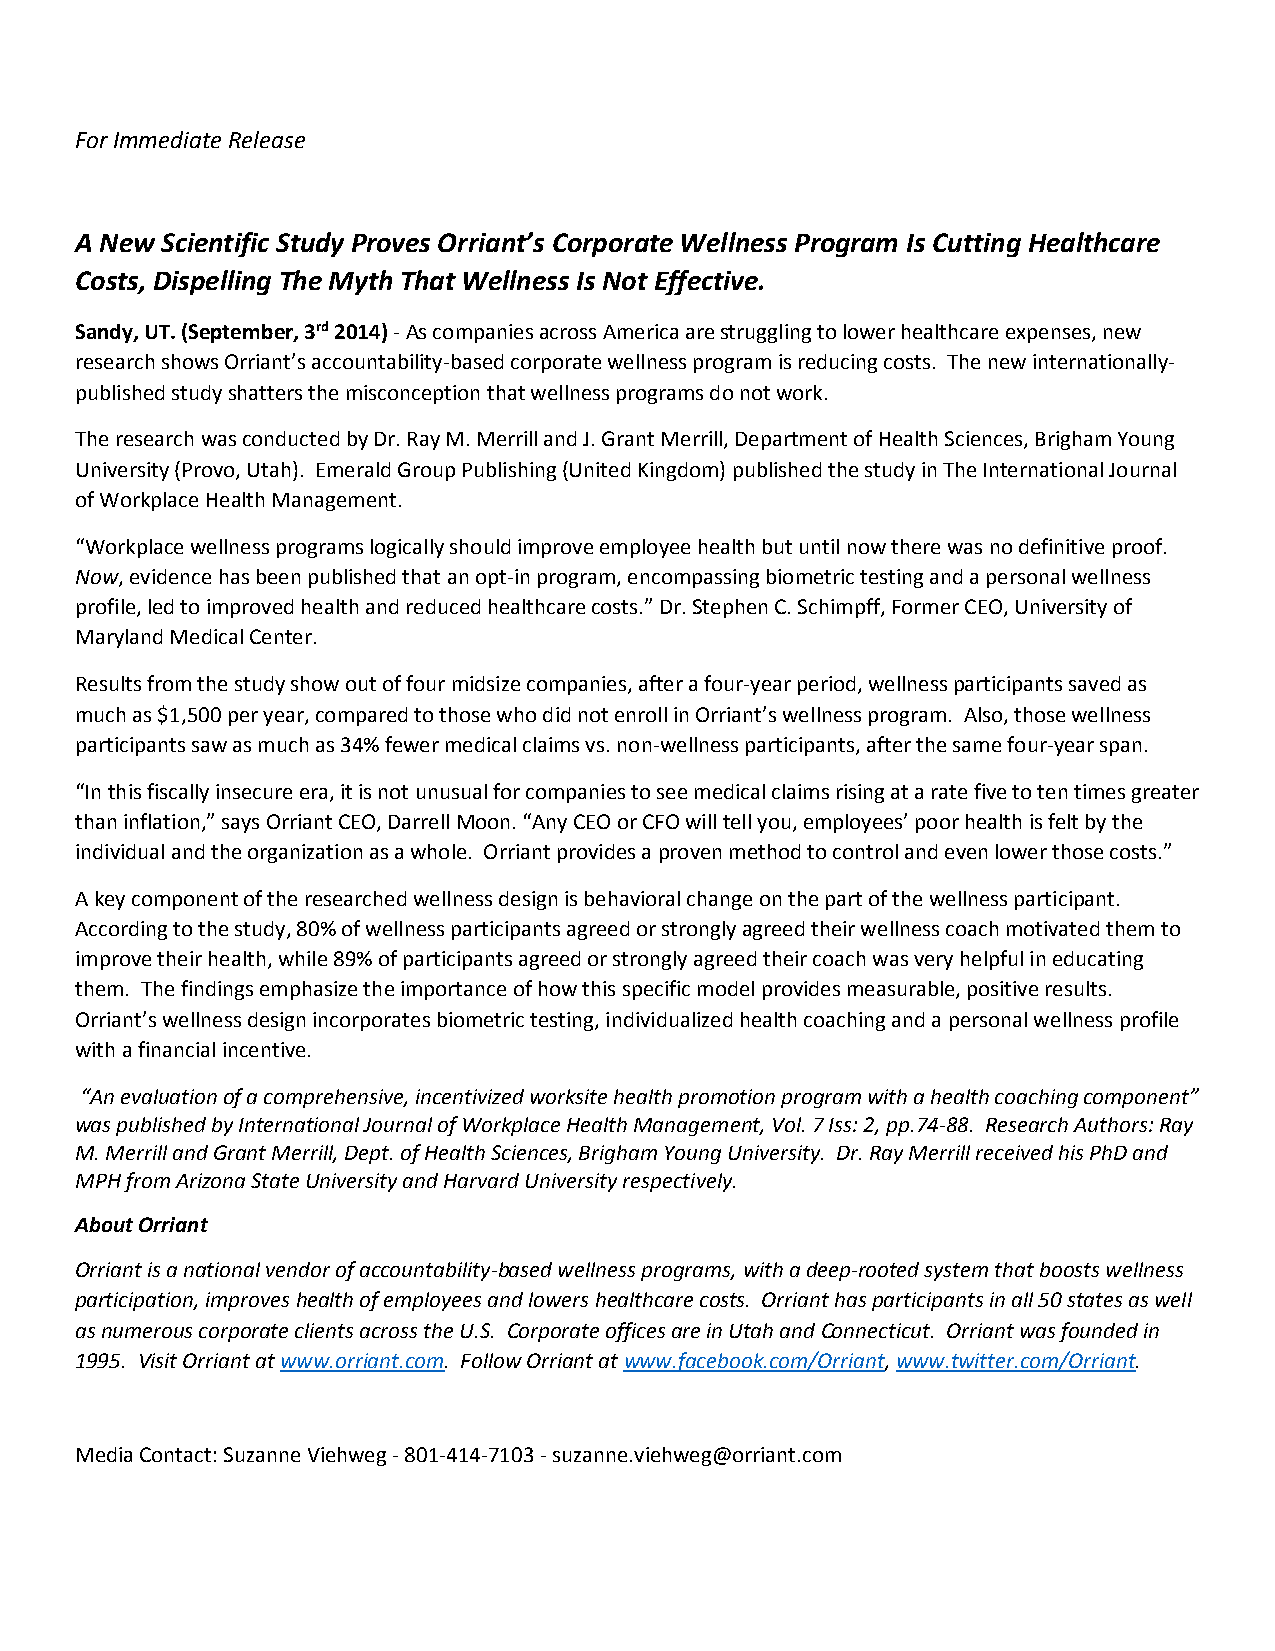
For Immediate Release
 A New Scientific Study Proves Orriant’s Corporate Wellness Program Is Cutting Healthcare
 Costs, Dispelling The Myth That Wellness Is Not Effective.
 Sandy, UT. (September, 3rd 2014) - As companies across America are struggling to lower healthcare expenses, new
 research shows Orriant’s accountability-based corporate wellness program is reducing costs. The new internationally-
 published study shatters the misconception that wellness programs do not work.
 The research was conducted by Dr. Ray M. Merrill and J. Grant Merrill, Department of Health Sciences, Brigham Young
 University (Provo, Utah). Emerald Group Publishing (United Kingdom) published the study in The International Journal
 of Workplace Health Management.
 “Workplace wellness programs logically should improve employee health but until now there was no definitive proof.
 Now, evidence has been published that an opt-in program, encompassing biometric testing and a personal wellness
 profile, led to improved health and reduced healthcare costs.” Dr. Stephen C. Schimpff, Former CEO, University of
 Maryland Medical Center.
 Results from the study show out of four midsize companies, after a four-year period, wellness participants saved as
 much as $1,500 per year, compared to those who did not enroll in Orriant’s wellness program. Also, those wellness
 participants saw as much as 34% fewer medical claims vs. non-wellness participants, after the same four-year span.
 “In this fiscally insecure era, it is not unusual for companies to see medical claims rising at a rate five to ten times greater
 than inflation,” says Orriant CEO, Darrell Moon. “Any CEO or CFO will tell you, employees’ poor health is felt by the
 individual and the organization as a whole. Orriant provides a proven method to control and even lower those costs.”
 A key component of the researched wellness design is behavioral change on the part of the wellness participant.
 According to the study, 80% of wellness participants agreed or strongly agreed their wellness coach motivated them to
 improve their health, while 89% of participants agreed or strongly agreed their coach was very helpful in educating
 them. The findings emphasize the importance of how this specific model provides measurable, positive results.
 Orriant’s wellness design incorporates biometric testing, individualized health coaching and a personal wellness profile
 with a financial incentive.
 “An evaluation of a comprehensive, incentivized worksite health promotion program with a health coaching component”
 was published by International Journal of Workplace Health Management, Vol. 7 Iss: 2, pp.74-88. Research Authors: Ray
 M. Merrill and Grant Merrill, Dept. of Health Sciences, Brigham Young University. Dr. Ray Merrill received his PhD and
 MPH from Arizona State University and Harvard University respectively.
 About Orriant
 Orriant is a national vendor of accountability-based wellness programs, with a deep-rooted system that boosts wellness
 participation, improves health of employees and lowers healthcare costs. Orriant has participants in all 50 states as well
 as numerous corporate clients across the U.S. Corporate offices are in Utah and Connecticut. Orriant was founded in
 1995. Visit Orriant at www.orriant.com. Follow Orriant at www.facebook.com/Orriant, www.twitter.com/Orriant.
 Media Contact: Suzanne Viehweg - 801-414-7103 - suzanne.viehweg@orriant.com